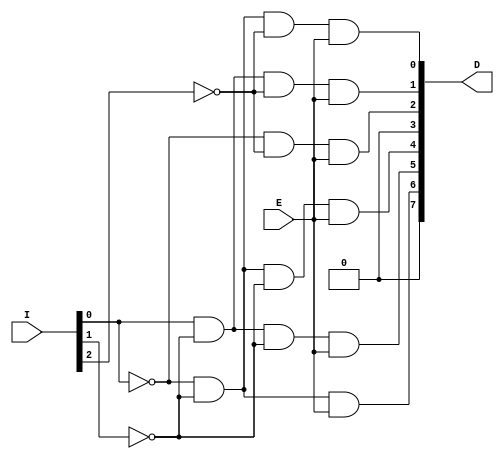
`timescale 1ns / 1ps
//////////////////////////////////////////////////////////////////////////////////
//////////////////////////////////////////////////////////////////////////////////
module Decoder3t8(
    input [2:0] I,
    input E,
    output [7:0] D
    );

		wire[3:1] in;

		not n0(in[1],I[0]);
		not n1(in[2],I[1]);
		not n2(in[3],I[2]);	

		and x0(D[0],in[1],in[2],in[3],E);
		and x1(D[1],I[0],in[2],in[3],E);
		and x2(D[2],in[1],in[1],in[3],E);
		and x3(D[3],I[0],in[1],in[3],E);
		and x4(D[4],in[1],in[2],in[2],E);
		and x5(D[5],I[0],in[2],in[2],E);
		and x6(D[6],in[1],in[1],in[2],E);
		and x7(D[7],I[0],in[1],in[2],E);

endmodule